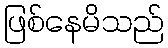
ဖြစ်နေမိသည်